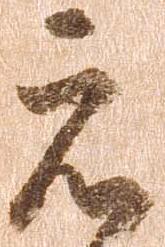
元